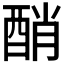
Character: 𨡀